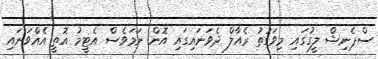
ސްޕެނިޝް ލީގުގައި މިވަގުތު ރެއާލް ދެވަނައިގައި އޮން ނަމަވެސް އެޓީމު އޮތީ އެއްވަނައި